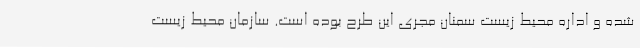
شده و اداره محیط زیست سمنان مجری این طرح بوده است. سازمان محیط زیست